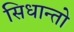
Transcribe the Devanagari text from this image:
सिधान्तो